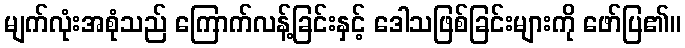
မျက်လုံးအစုံသည် ကြောက်လန့်ခြင်းနှင့် ဒေါသဖြစ်ခြင်းများကို ဖော်ပြ၏။